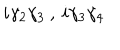
i \gamma _ { 2 } \gamma _ { 3 } \: , \: i \gamma _ { 3 } \gamma _ { 4 }